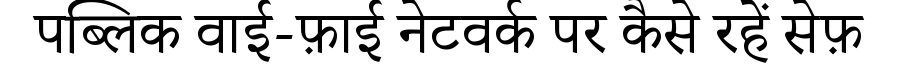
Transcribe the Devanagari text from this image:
पब्लिक वाई-फ़ाई नेटवर्क पर कैसे रहें सेफ़